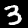
Digit: 3